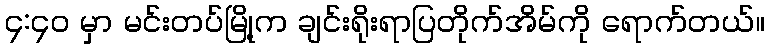
၄:၄၀ မှာ မင်းတပ်မြို့က ချင်းရိုးရာပြတိုက်အိမ်ကို ရောက်တယ်။